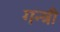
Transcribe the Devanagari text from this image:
गन्त्री